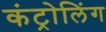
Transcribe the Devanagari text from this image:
कंट्रोलिंग